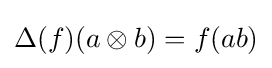
\Delta (f)(a\otimes b)=f(ab)